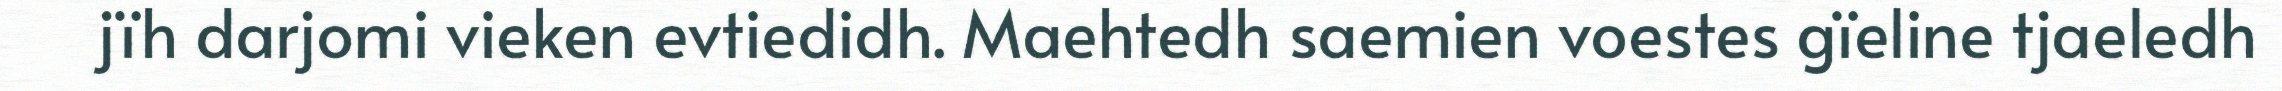
jïh darjomi vieken evtiedidh. Maehtedh saemien voestes gïeline tjaeledh